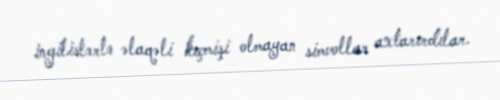
ingilislərlə əlaqəli keçmişi olmayan simvollar axtarırdılar.